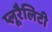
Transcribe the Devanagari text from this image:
प्लूरैलिटी